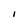
Character: i